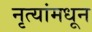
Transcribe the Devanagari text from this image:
नृत्यांमधून